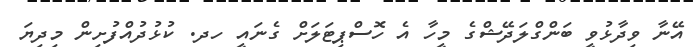
އޭނާ ވިދާޅުވީ ބަންގްލަދޭޝްގެ މީހާ އެ ހޮސްޕިޓަލަށް ގެނައީ ހދ. ކުޅުދުއްފުށިން މިދިޔަ